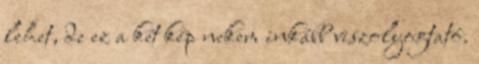
lehet, de ez a két kép nekem inkább viszolyogtató.